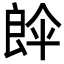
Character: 𮎘